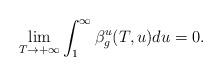
LaTeX: \begin{align*}\lim_{T\rightarrow +\infty} \int_{1}^{\infty}\beta_g^u(T,u)du=0.\end{align*}